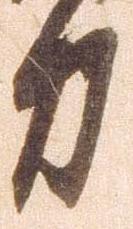
力